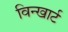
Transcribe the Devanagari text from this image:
विन्खार्ट